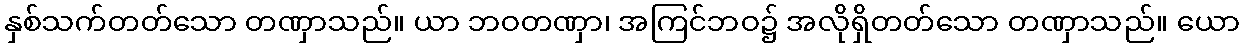
နှစ်သက်တတ်သော တဏှာသည်။ ယာ ဘဝတဏှာ၊ အကြင်ဘဝ၌ အလိုရှိတတ်သော တဏှာသည်။ ယော